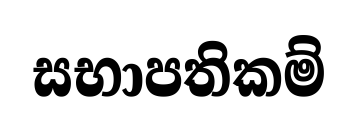
සභාපතිකම්